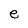
Character: e